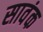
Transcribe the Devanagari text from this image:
सावंक